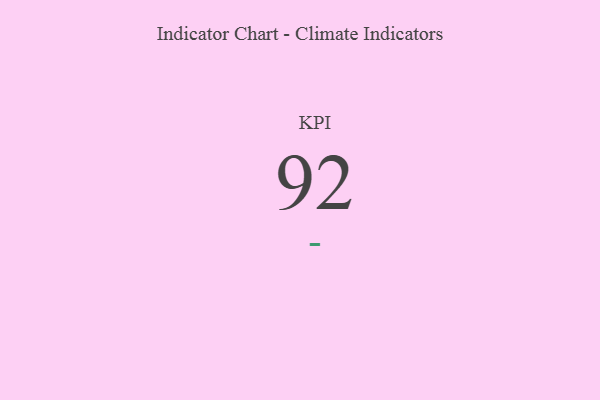
{"axis": {"x": "KPI", "y": "Value"}, "legend": [""], "data": [{"x": "KPI", "y": 92, "type": ""}]}